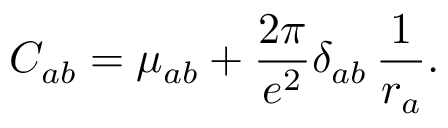
C _ { a b } = \mu _ { a b } + \frac { 2 \pi } { e ^ { 2 } } \delta _ { a b } \, \frac { 1 } { r _ { a } } .